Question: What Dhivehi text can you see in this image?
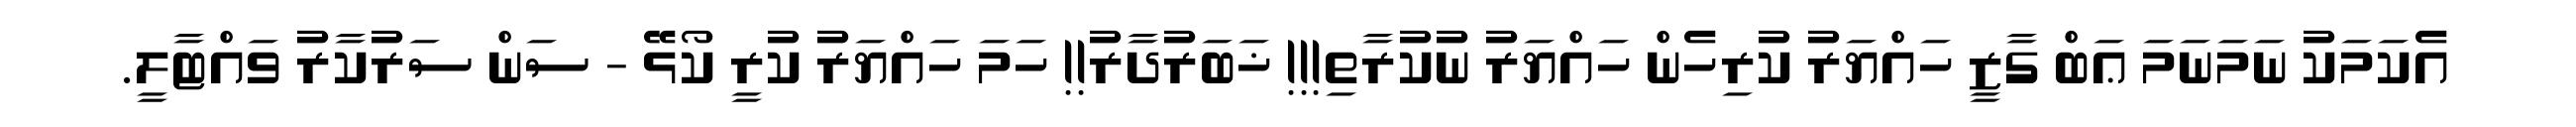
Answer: އެކަމަކު ނަމަނަމަ ޢަބް ގާޒީ ހައްޔަރު ކުރިހެން ހައްޔަރު ނުކުރާތި!!! ޚަބަރުދާރު!! ހަމަ ހައްޔަރު ކުރީ ކޯޅޭ - ސަން ސަރުކާރު ވައްޓާލީ.